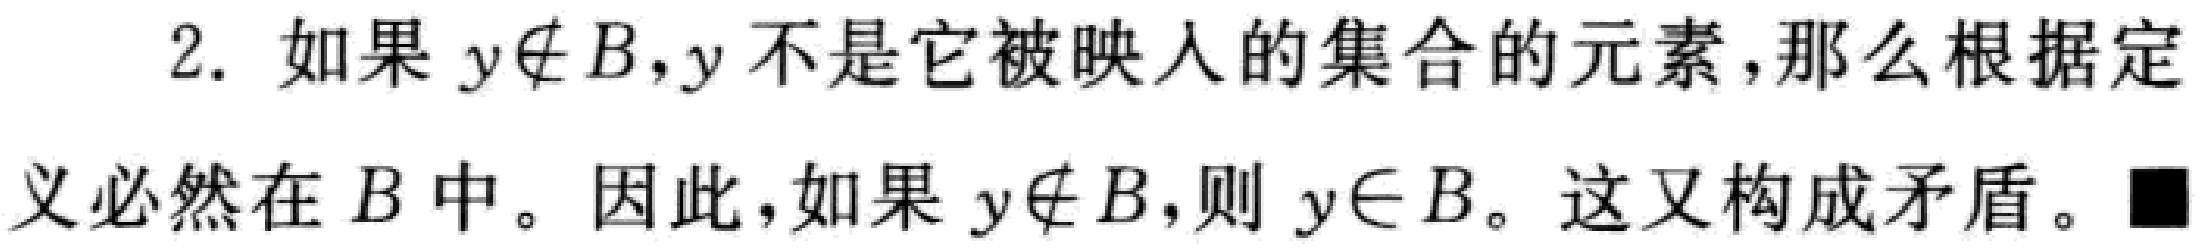
2. 如果 \(y\notin B\)，\(y\) 不是它被映入的集合的元素，那么根据定义必然在 \(B\) 中。因此，如果 \(y\notin B\)，则 \(y\in B\)。这又构成矛盾。■